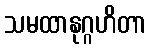
သမထာနုဂ္ဂဟိတာ